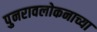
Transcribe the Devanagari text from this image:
पुनरावलोकनाच्या